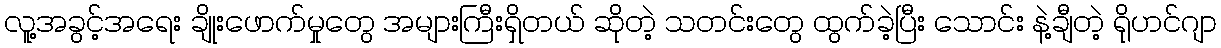
လူ့အခွင့်အရေး ချိုးဖောက်မှုတွေ အများကြီးရှိတယ် ဆိုတဲ့ သတင်းတွေ ထွက်ခဲ့ပြီး သောင်း နဲ့ချီတဲ့ ရိုဟင်ဂျာ